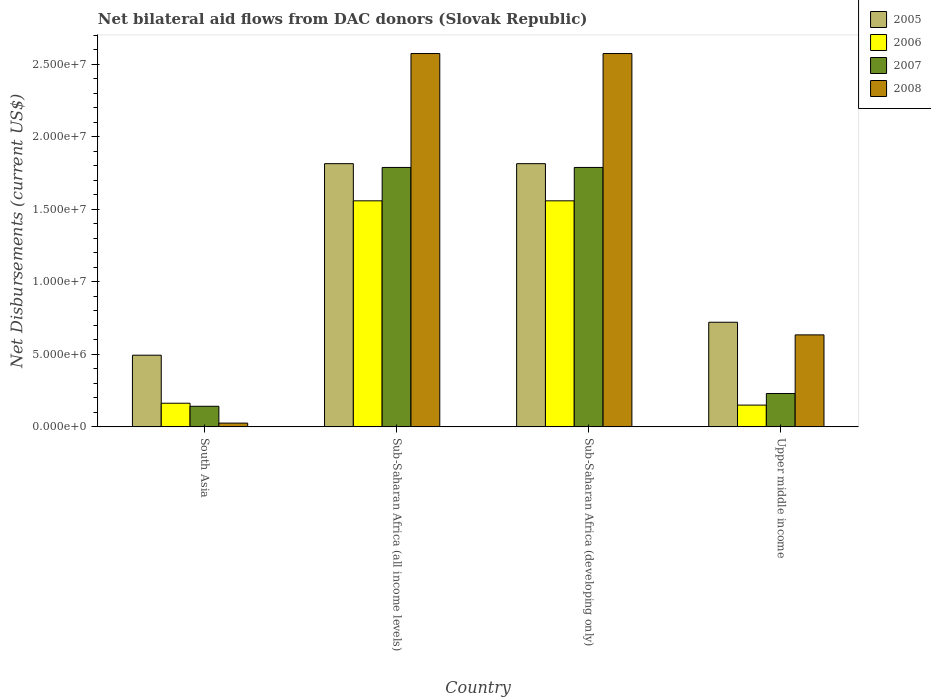
| Country | 2005 | 2006 | 2007 | 2008 |
 | --- | --- | --- | --- | --- |
 | South Asia | 4.94e+06 | 1.63e+06 | 1.42e+06 | 2.6e+05 |
 | Sub-Saharan Africa (all income levels) | 1.81e+07 | 1.56e+07 | 1.79e+07 | 2.57e+07 |
 | Sub-Saharan Africa (developing only) | 1.81e+07 | 1.56e+07 | 1.79e+07 | 2.57e+07 |
 | Upper middle income | 7.21e+06 | 1.5e+06 | 2.3e+06 | 6.34e+06 |